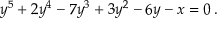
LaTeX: y ^ { 5 } + 2 y ^ { 4 } - 7 y ^ { 3 } + 3 y ^ { 2 } - 6 y - x = 0 \, .